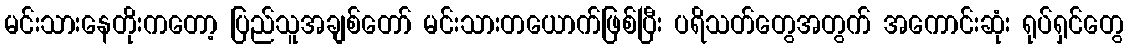
မင်းသားနေတိုးကတော့ ပြည်သူအချစ်တော် မင်းသားတယောက်ဖြစ်ပြီး ပရိသတ်တွေအတွက် အကောင်းဆုံး ရုပ်ရှင်တွေ